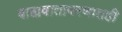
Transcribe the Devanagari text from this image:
बाह्यवातावरणातही